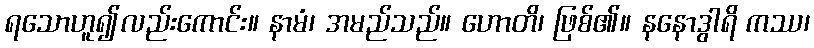
ရသောဟူ၍လည်းကောင်း။ နာမံ၊ အမည်သည်။ ဟောတိ၊ ဖြစ်၏။ နနောဒွါရိ ကဿ၊